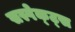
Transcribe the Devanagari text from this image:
सस्पेक्ट्स